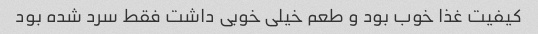
کیفیت غذا خوب بود و طعم خیلی خوبی داشت فقط سرد شده بود